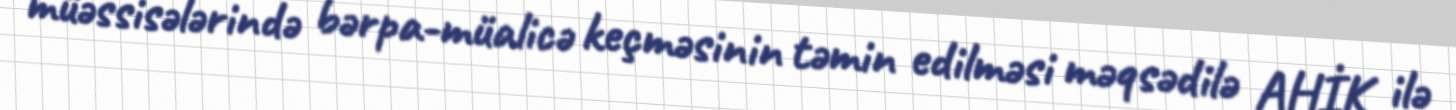
müəssisələrində bərpa-müalicə keçməsinin təmin edilməsi məqsədilə AHİK ilə